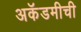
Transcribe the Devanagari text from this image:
अकॅडमीची